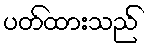
ပတ်ထားသည်